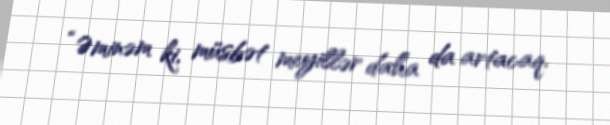
“Əminəm ki, müsbət meyillər daha da artacaq.